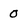
Character: 0